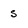
Character: s